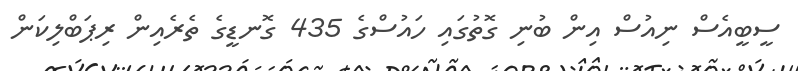
ސީބީއެސް ނިއުސް އިން ބުނި ގޮތުގައި ހައުސްގެ 435 ގޮނޑީގެ ތެރެއިން ރިޕަބްލިކަން